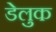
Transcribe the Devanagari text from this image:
डेलुक